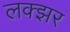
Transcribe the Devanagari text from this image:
लक्झर